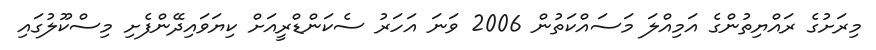
މިރަށުގެ ރައްޔިތުންގެ އަމިއްލަ މަސައްކަތުން 2006 ވަނަ އަހަރު ސެކަންޑްރީއަށް ކިޔަވައިދޭންފެށި މިސްކޫލުގައި